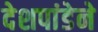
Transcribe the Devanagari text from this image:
देशपांडेने